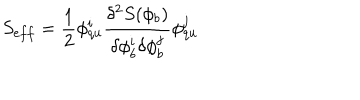
S _ { e f f } = \frac { 1 } { 2 } \phi _ { q u } ^ { i } \frac { \delta ^ { 2 } S ( \phi _ { b } ) } { \delta \phi _ { b } ^ { i } \delta \phi _ { b } ^ { j } } \phi _ { q u } ^ { j }